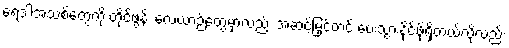
ရေဒါအသစ်တွေကို တိုင်ဖွန်း လေယာဉ်တွေမှာလည်း အဆင့်မြှင့်တင် ပေးသွားနိုင်ဖို့ရှိတယ်လို့လည်း